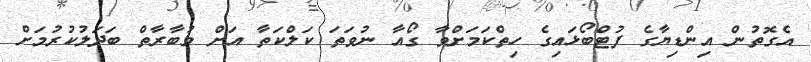
އެގޮތުން އިންޑިޔާގެ ފުޓްބޯޅައިގެ ހިތްކަމަށްވާ ގޯއާ ނުވަތަ ކަލްކަތާ އަށް މުބާރާތް ބަދަލުކުރުމަށް